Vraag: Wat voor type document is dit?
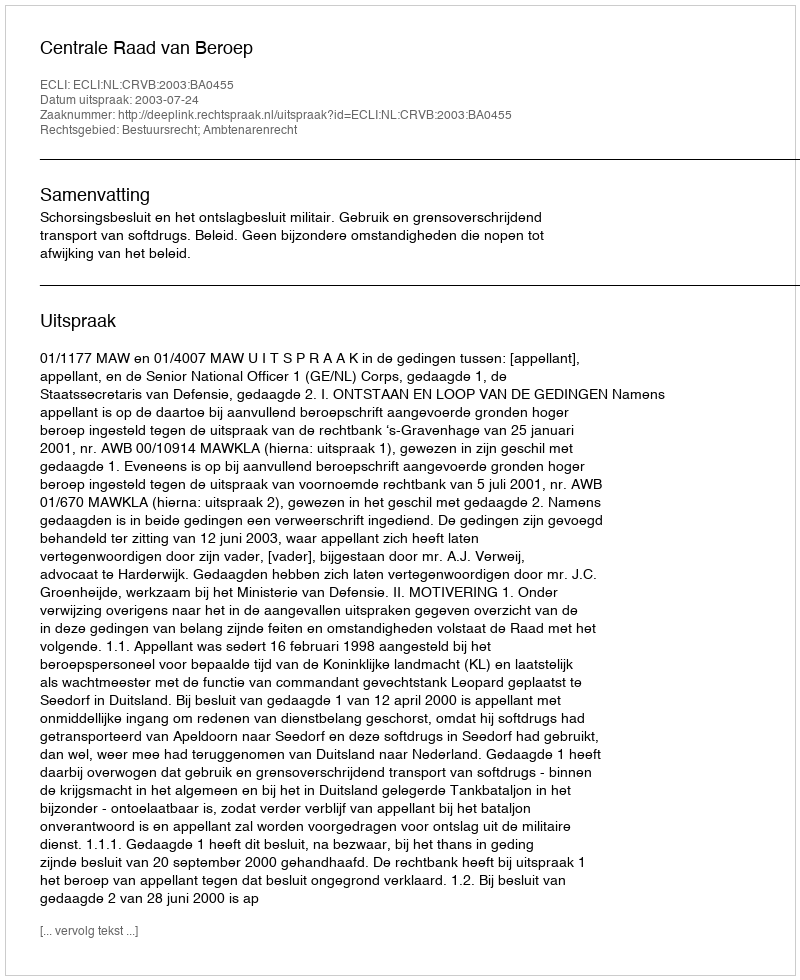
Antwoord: Uitspraak